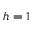
h = 1